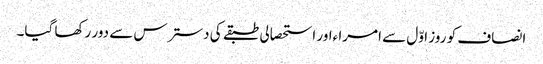
انصاف کو روز اوّل سے امرا ءاور استحصالی طبقے کی دسترس سے دور رکھا گیا۔